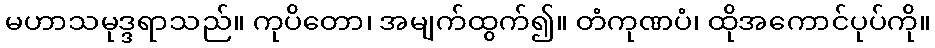
မဟာသမုဒ္ဒရာသည်။ ကုပိတော၊ အမျက်ထွက်၍။ တံကုဏပံ၊ ထိုအကောင်ပုပ်ကို။